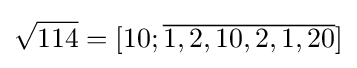
{\sqrt {114}}=[10;{\overline {1,2,10,2,1,20}}]